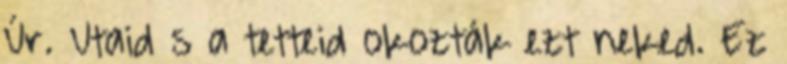
Úr. Utaid s a tetteid okozták ezt neked. Ez